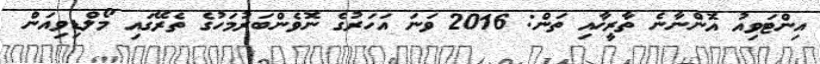
އިންޓަވިއު އޮންނާނެ ތާރީޚާއި ތަން: 2016 ވަނަ އަހަރުގެ ނޮވެންބަރުމަހުގެ ތެރޭގައި މޯލްޑިވިއަން